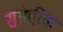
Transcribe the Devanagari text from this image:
सांसरिक